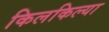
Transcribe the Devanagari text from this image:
किलकिल्या